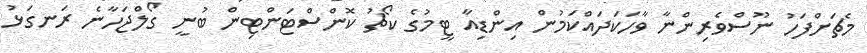
މެޗަށްފަހު ނޫސްވެރިންނާ ވާހަކަދައްކަމުން އިންޑިއާ ޓީމުގެ ކޯޗު ކޮންސްޓަންޓިން ބުނީ ގޯލްޖަހާނެ ރަނގަޅު